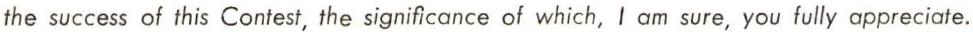
the success of this Contest, the significance of which, I am sure, you fully appreciate.